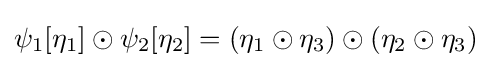
\psi _{1}[\eta _{1}]\odot \psi _{2}[\eta _{2}]=(\eta _{1}\odot \eta _{3})\odot (\eta _{2}\odot \eta _{3})